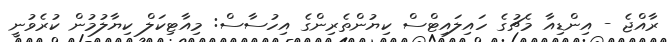
ރާއްޖެ - އިންޑިއާ މެޗުގެ ހައިލައިޓްސް ކިޔުންތެރިންގެ އިހުސާސް: މިއާޓިކަލް ކިޔާލުމުން ކުރެވުނީ